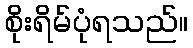
စိုးရိမ်ပုံရသည်။